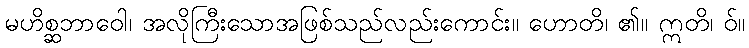
မဟိစ္ဆဘာဝေါ၊ အလိုကြီးသောအဖြစ်သည်လည်းကောင်း။ ဟောတိ၊ ၏။ ဣတိ၊ ဝ်။